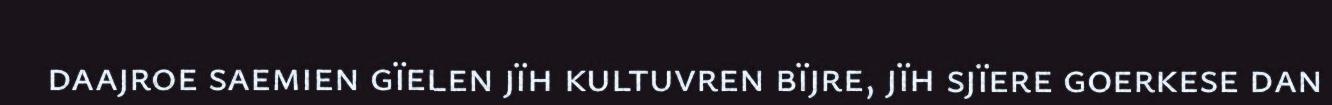
daajroe saemien gïelen jïh kultuvren bïjre, jïh sjïere goerkese dan